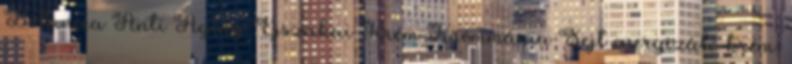
Botanica Anti Aging Éjszakai Krém Krémmánia Sejt energizáló krém,